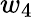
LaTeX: w_{4}